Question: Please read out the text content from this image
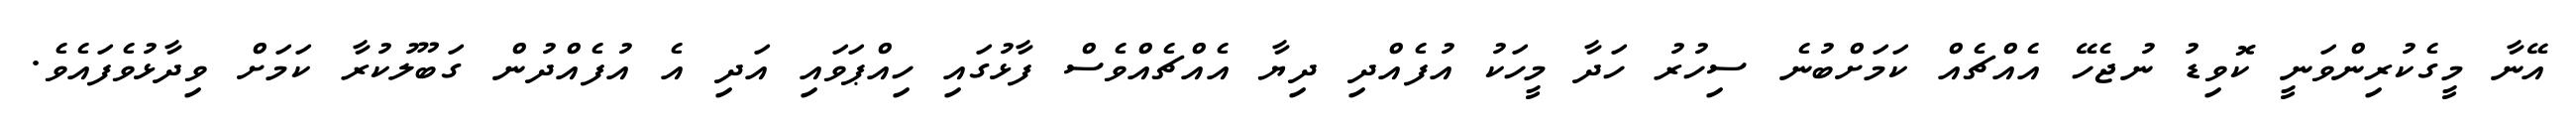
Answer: އޭނާ މީގެކުރިންވަނީ ކޮވިޑު ނުޖެހޭ އެއްޗެއް ކަމަށްބުނެ ސިހުރު ހަދާ މީހަކު އުފެއްދި ދިޔާ އެއްޗެއްވެސް ފާޅުގައި ހިއްޕަވައި އަދި އެ އުފެއްދުން ގަބޫލުކުރާ ކަމަށް ވިދާޅުވެފައެވެ.